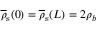
\overline { { \rho } } _ { \mathrm { s } } ( 0 ) = \overline { { \rho } } _ { \mathrm { s } } ( L ) = 2 \rho _ { b }